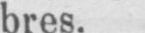
bres.